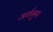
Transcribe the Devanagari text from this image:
अर्थगुण